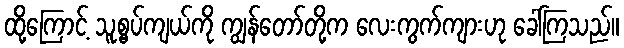
ထို့ကြောင့် သူ့စွပ်ကျယ်ကို ကျွန်တော်တို့က လေးကွက်ကျားဟု ခေါ်ကြသည်။